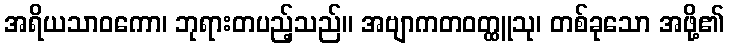
အရိယသာဝကော၊ ဘုရားတပည့်သည်။ အဗျာကတဝတ္ထူသု၊ တစ်ခုသော အဖို့၏